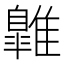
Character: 𩀹